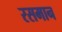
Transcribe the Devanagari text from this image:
रसमान